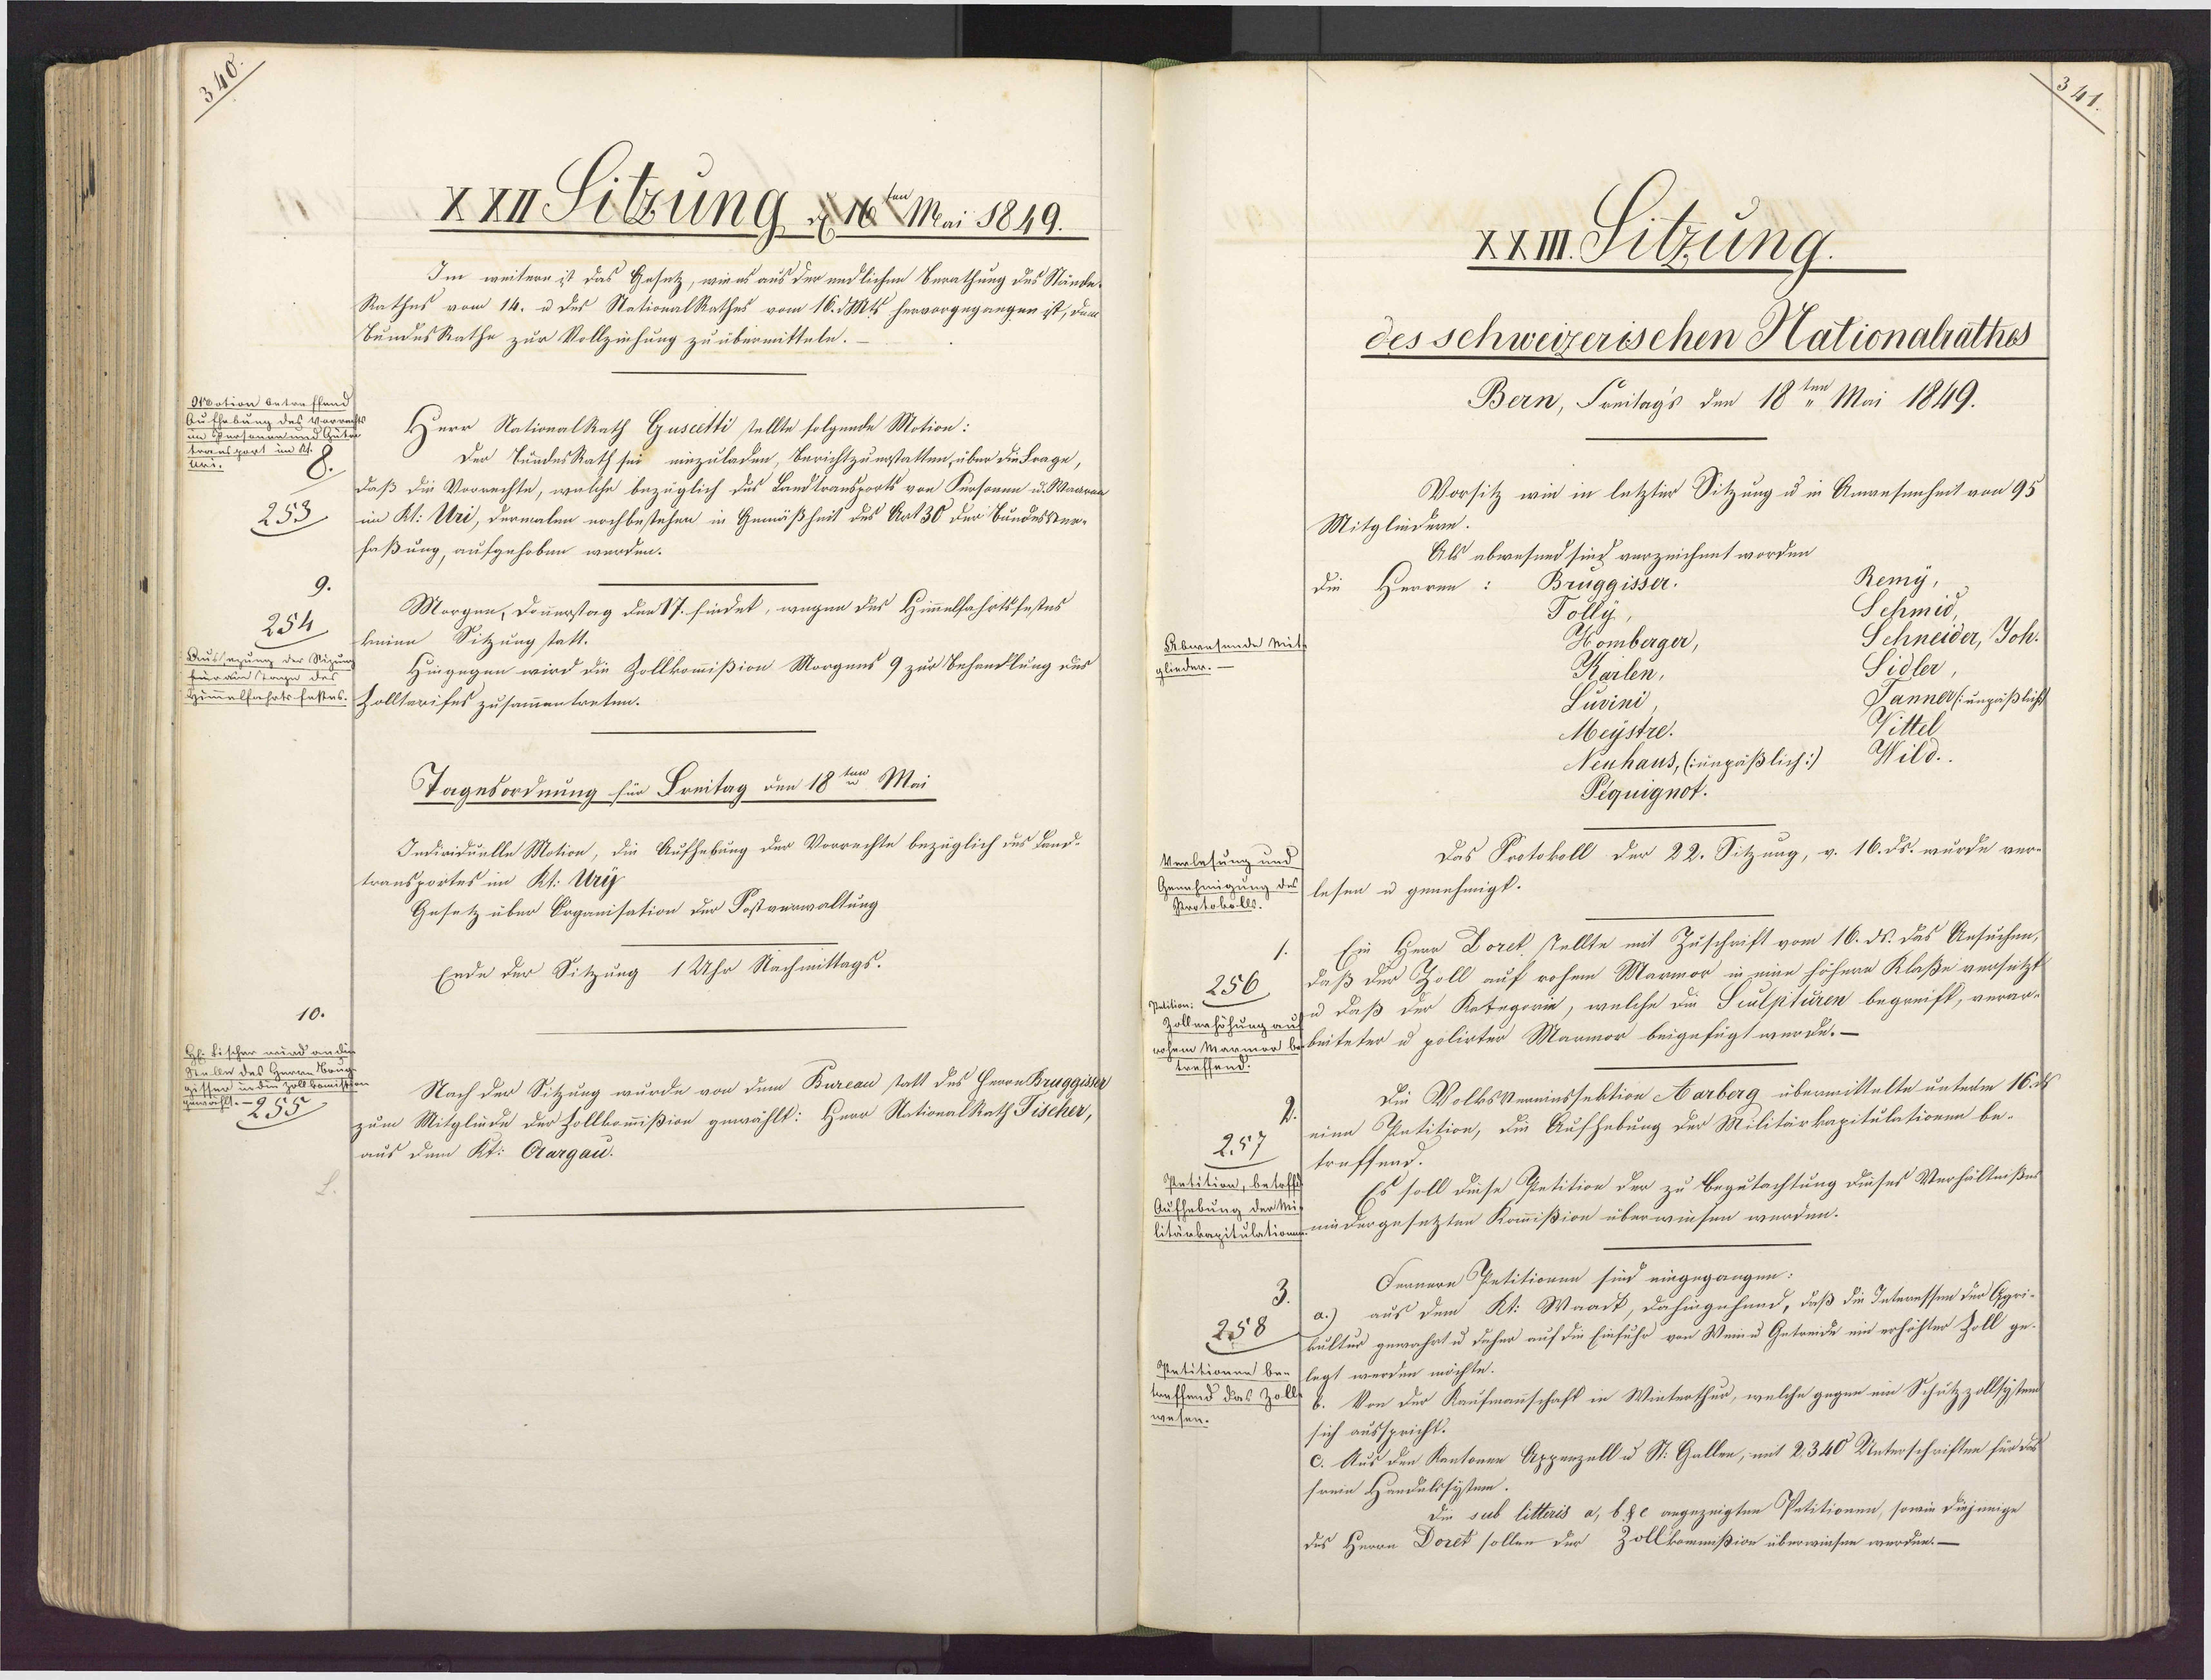
XII A 1unG 1 Mai 1849.
Im weitere ist das Gesetz, wie es aus der endlichen Berathung des Stände¬
Rathus vom 14. u des NationalRathes vom 16. Mts hervorgegangen ist, dem
BundesRathe zur Vollziehung zu übermitteln.
tion butauffen
in Horsenden e .
Herr NationalRath Guseetti stellte folgende Motion:
resport um
Der TundesRath sei einzuladen, Bericht zuerstatten, über die Frage,
daß die Vorrechte, welche bezüglich des Landtransports von Sunsonn u. Waara
25
im Kt: Uri, dermalen nochbestehen in Gemäßheit des Art 30 der Bundesver¬
faßung, aufgehoben werden.
Morgen, Douerstag den 17. findet, wegen des Himmelfahrtsfestes
254
keine Sitzung statt.
Aussegung der Sie
Hingegen wird die Zollkommißion Morgens 9 zur Behandlung des
für ain Tage de
Himmelfahrtshattes Colltarifes zusammentreten.
Tagesordnung Ein Freitag um 18ten Mai
Individuelle Motion, die Aufhebung der Vorrechte bezüglich des Land¬
transportes im Kt. Uriy
Gesetz über Organisation der Postverwaltung
Ende der Sitzung 1 Uhr Nachmittags.
H. Fischer wird auh
Seb des
Nach der Sitzung wurde von dem Burcau statt des Herrn Bruggiser
255
zum Mitgliede der Zollkommißion guwählt: Herr NationalRath Tischer,
aus dem Kt. Crargau.

Xxm Sitzung.
des schweizerischen Pationalrathes
Bern, Freitags den 18ten Mai 1849.
Vorsitz wie in letzter Sitzung u in Anwesenheit von 95
Mitgliedern.
Als abwesend sind verzeichnet worden
Remy,
Bruggisser.
die Herren:
Schmid,
Polly
Schneider, Joh.
Homberger,
Abwesende Mit
glieder.-
Sidler
Karlen,
Janner ( unpäßliche
Puvini
Wittel
Meystre.
Wild.
Neuhaus, (unpäßlich:;
Pequignot.
Das Protokoll der 22. Sitzung, v. 16. ds. wurde ver¬
verlesung und
enahmigung des lesen u genehmigt.
Protobulls.
Ein Herr Dorek stellte mit Zuschrift vom 16. ds. das Ansuchen,
daß der Zoll auf rohem Marmor in eine höhene Klaße versetzt
256
palition:
Zollerhöhung aufu daß der Ketegeri, welche die Sculpturen begreift, verar¬
rohem Marmen ubeiteter u polirter Marmor beigefügt wurde.–
treffend.
Die Volksvereinssektion Aarberg übermittelte unterm 16.
eine Pkatition, die Aufhebung der Militärkapitulationen be¬
257
treffend.
Petition, betoff
Es soll diese Petition der zu Begutachtung dieses Verhältnißer
Aufhabŭng der M.
litärbapitulation mi dergesetzten Kommißion überwiesen werden.
Feanern Petitionen sind eingegangen:
aus dem Kt: Waadt, dahingehund, daß die Interessen der Ogri¬
258
kultur gewahrt u daher auf die Einfuhr von Weinu Getreide ein erhöhter Zoll ge¬
Retitionen be- legt werden möchte.
traffend das Zoll . Von der Kaufmannschaft in Winterthur, welche gegen ein Schutzzollsystem
wesen.
sich ausspricht.
. Aus den Kantonen Apperzell u St. Gallen, mit 2340 Unterschriften für des
sreie Handalssytem
die sub litteris a, b. 2c angezeigten Petitionen, sowie diejenige
des Herrn Doret sollen der Zollkommißion überwiesen werden.